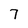
Character: 7